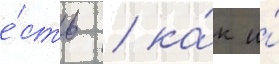
е́сть / ка́к и́